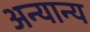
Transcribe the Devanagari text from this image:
अन्‍यान्‍य